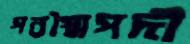
পরস্মৈপদী